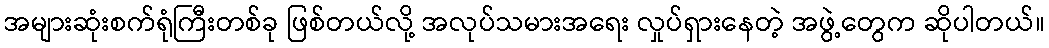
အများဆုံးစက်ရုံကြီးတစ်ခု ဖြစ်တယ်လို့ အလုပ်သမားအရေး လှုပ်ရှားနေတဲ့ အဖွဲ့တွေက ဆိုပါတယ်။